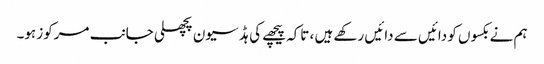
ہم نے بکسوں کو دائیں سے دائیں رکھے ہیں ، تاکہ پیچھے کی ہڈ سیون پچھلی جانب مرکوز ہو۔